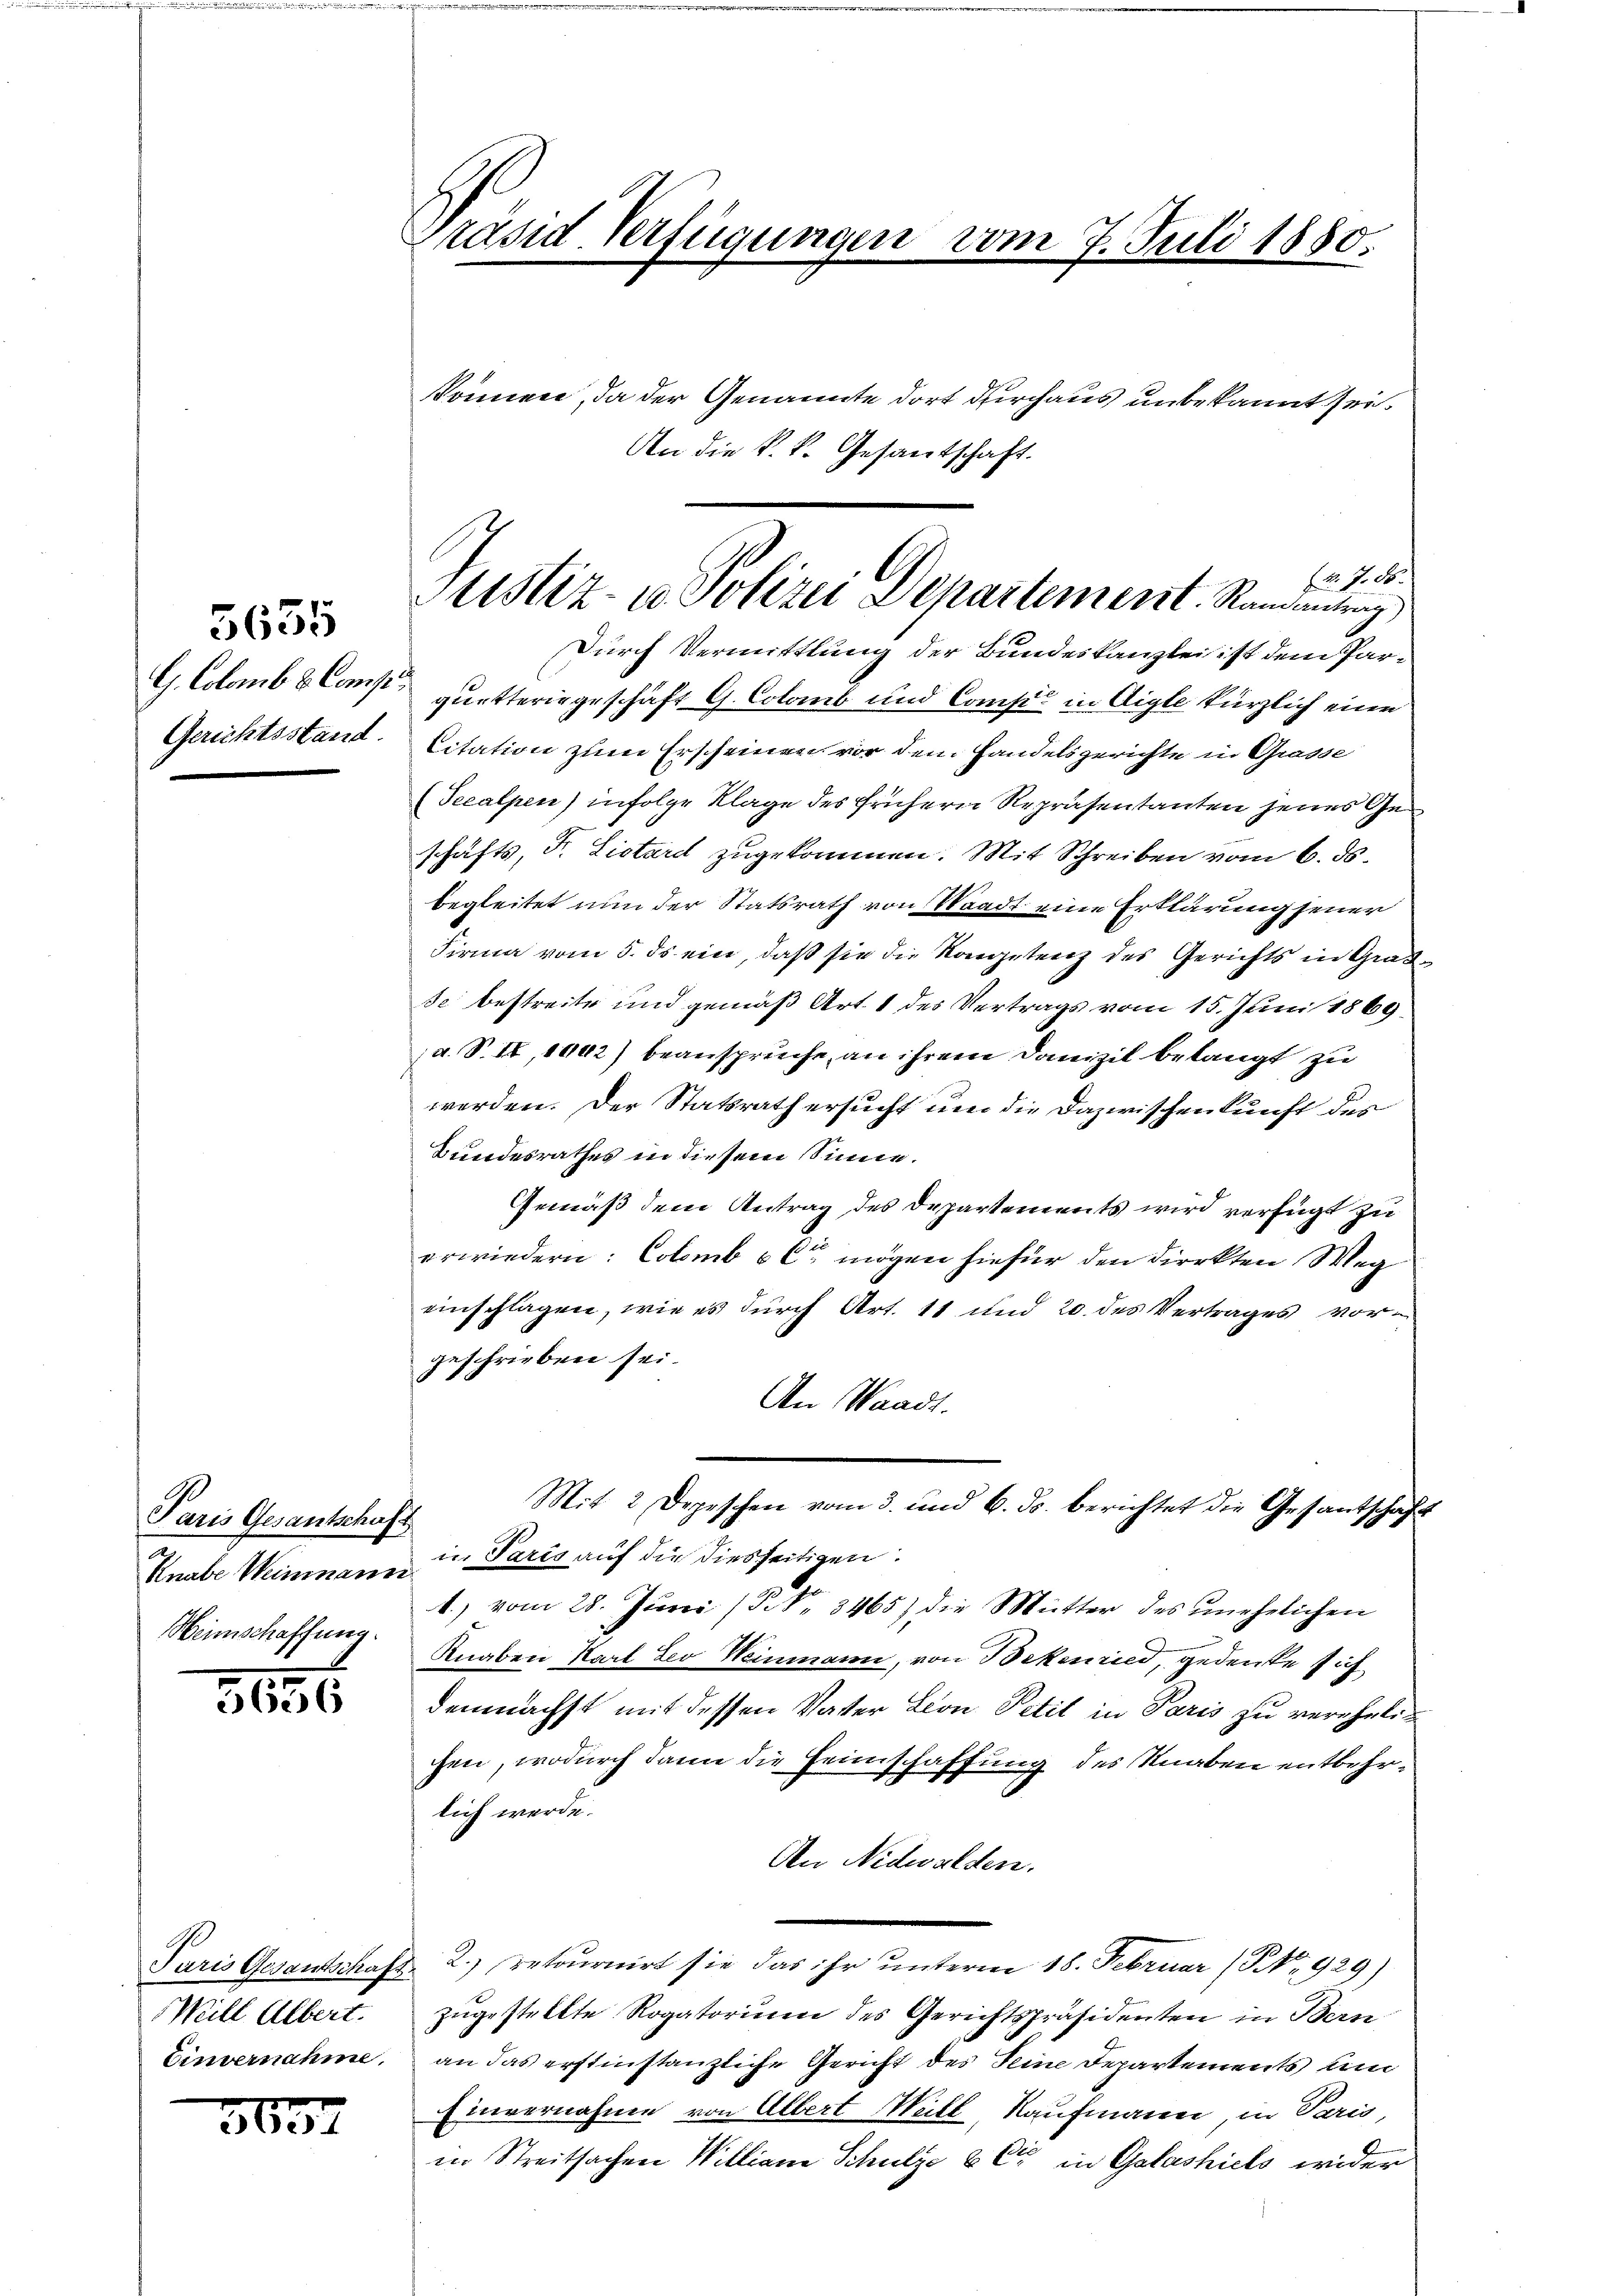
5655

G. Colomb & Comp
Gerichtsstand.

Paris Gesantschaft

3186

Mill Albert.

3657

Präsid. Verfügungen vom 7. Juli 1880.

können, da der Genannte dort durchaus unbekannt sei.
M. J. 86.
Durch Vermittlung der Bundeskanzlei ist dem Parquetteringeschäft G. Colant und Comp. in Aigle kürzlich eine
Citation zum Erscheinen vor dem Handelsgerichte in Grasse
(Secalpen) infolge Klage des frühern Repräsentanten jenes Ge
schäfts, Fr. Listard zugekommen. Mit Schreiben vom 6. ds.
begleitet nun der Statsrath von Waadt eine Erklärung jener
Firma vom 5. ds ein, daß sie die Kompetenz des Gerichts in Gradse bestreite und gemäß Art. 1 des Vertrags vom 15. Juni 1869.
d. S. II, 1902) beanspreche, an ihrem Danizil belangt zu
werden. Der Statsrath ersucht um die Dazwischenkunft des
Bundesrathes in diesem Sinne.
Gemäß dem Antrag des Departements wird verfügt zu
erwiedern: Colomb & Cie mögen hiefür den direkten Weg
einschlagen, wie es durch Art. 11 und 20. des Vertrages vorgeschrieben sei.
An Waadt.
Mit 2 Depeschen vom 3. und 6. ds. berichtet die Gesantschaft
Knabe Weinmann Paris auf die diesseitigen:
.) vom 28. Juni (§ 3465) die Mutter des unehelichen
Menschaffung. Knaben Karl Leo Weinmann, von Bekenried, gedenke sich
demnächst mit dessen Vater Lion Petit in Paris zu vereheli
chen, wodurch dann die Heimschaffung des Knaben entbehrlich werde.
An Nidwalden.
Paris Gesantschaft 2.) retournirt sie das ihr unterm 18. Februar (NNo. 929)
zugestellte Rogatorium des Gerichtspräsidenten in Bern
Einvernahme, an das erstinstanzliche Gericht des Seine Departements und
Einvernahme von Albert Mehl, Kaufmann, in Paris,
in Streitsachen Willian Schulze & Cie in Glashiels wider

Justiz- u. Polizei Departement. Randantung

An die k.k. Gesantschaft.